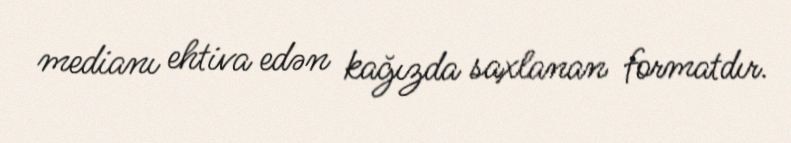
medianı ehtiva edən kağızda saxlanan formatdır.